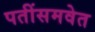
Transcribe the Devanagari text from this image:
पतींसमवेत